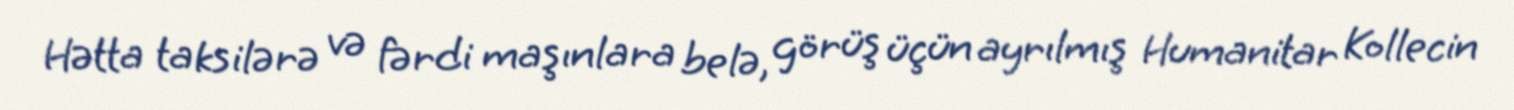
Hətta taksilərə və fərdi maşınlara belə, görüş üçün ayrılmış Humanitar Kollecin